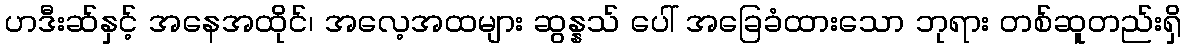
ဟဒီးဆ်နှင့် အနေအထိုင်၊ အလေ့အထများ ဆွန္နသ် ပေါ် အခြေခံထားသော ဘုရား တစ်ဆူတည်းရှိ